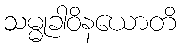
သမ္မုခါဝိနယောတိ